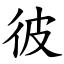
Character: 彼